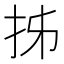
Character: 𭠒